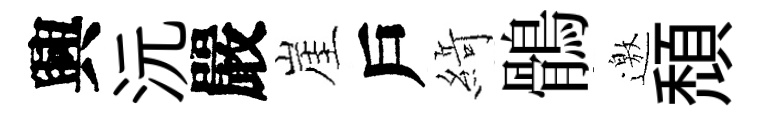
興沅嚴崖戶𦂶鶻邀頹